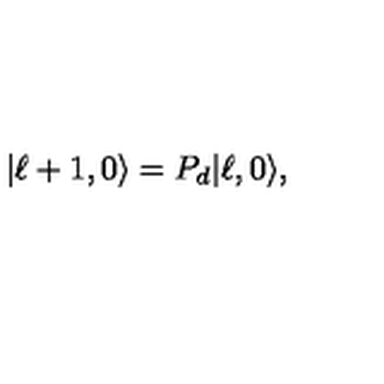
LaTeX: | \ell + 1 , 0 \rangle = P _ { d } | \ell , 0 \rangle ,